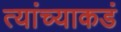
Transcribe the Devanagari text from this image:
त्यांच्याकडं